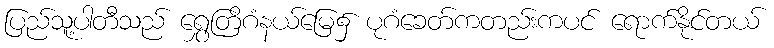
ပြည်သူ့ပါတီသည် ရွှေတြိဂံနယ်မြေ၌ ပုဂံခေတ်ကတည်းကပင် ရောက်နိုင်တယ်